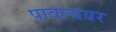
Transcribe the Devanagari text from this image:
पावल्यवर